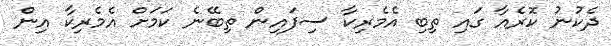
ދެކުނު ކޮރެއާ ގައި ތިބި އެމެރިކާ ސިފައިން ތިބޭނެ ކަމަށް އެމެރިކާ އިން